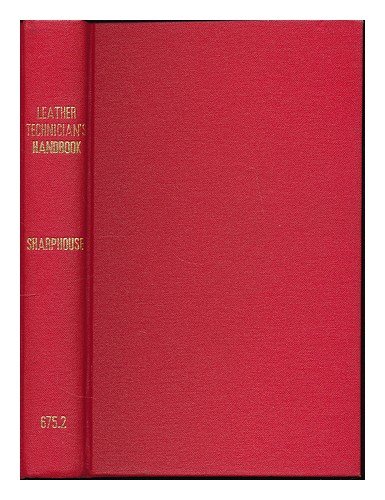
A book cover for Leather Technician's Handbook; J. H. Sharphouse; Crafts, Hobbies & Home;